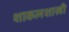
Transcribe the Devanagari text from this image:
शाकलशाखी